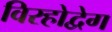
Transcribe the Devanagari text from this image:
विरहोद्वेग